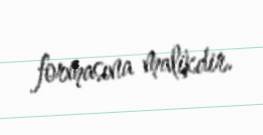
formasına malikdir.